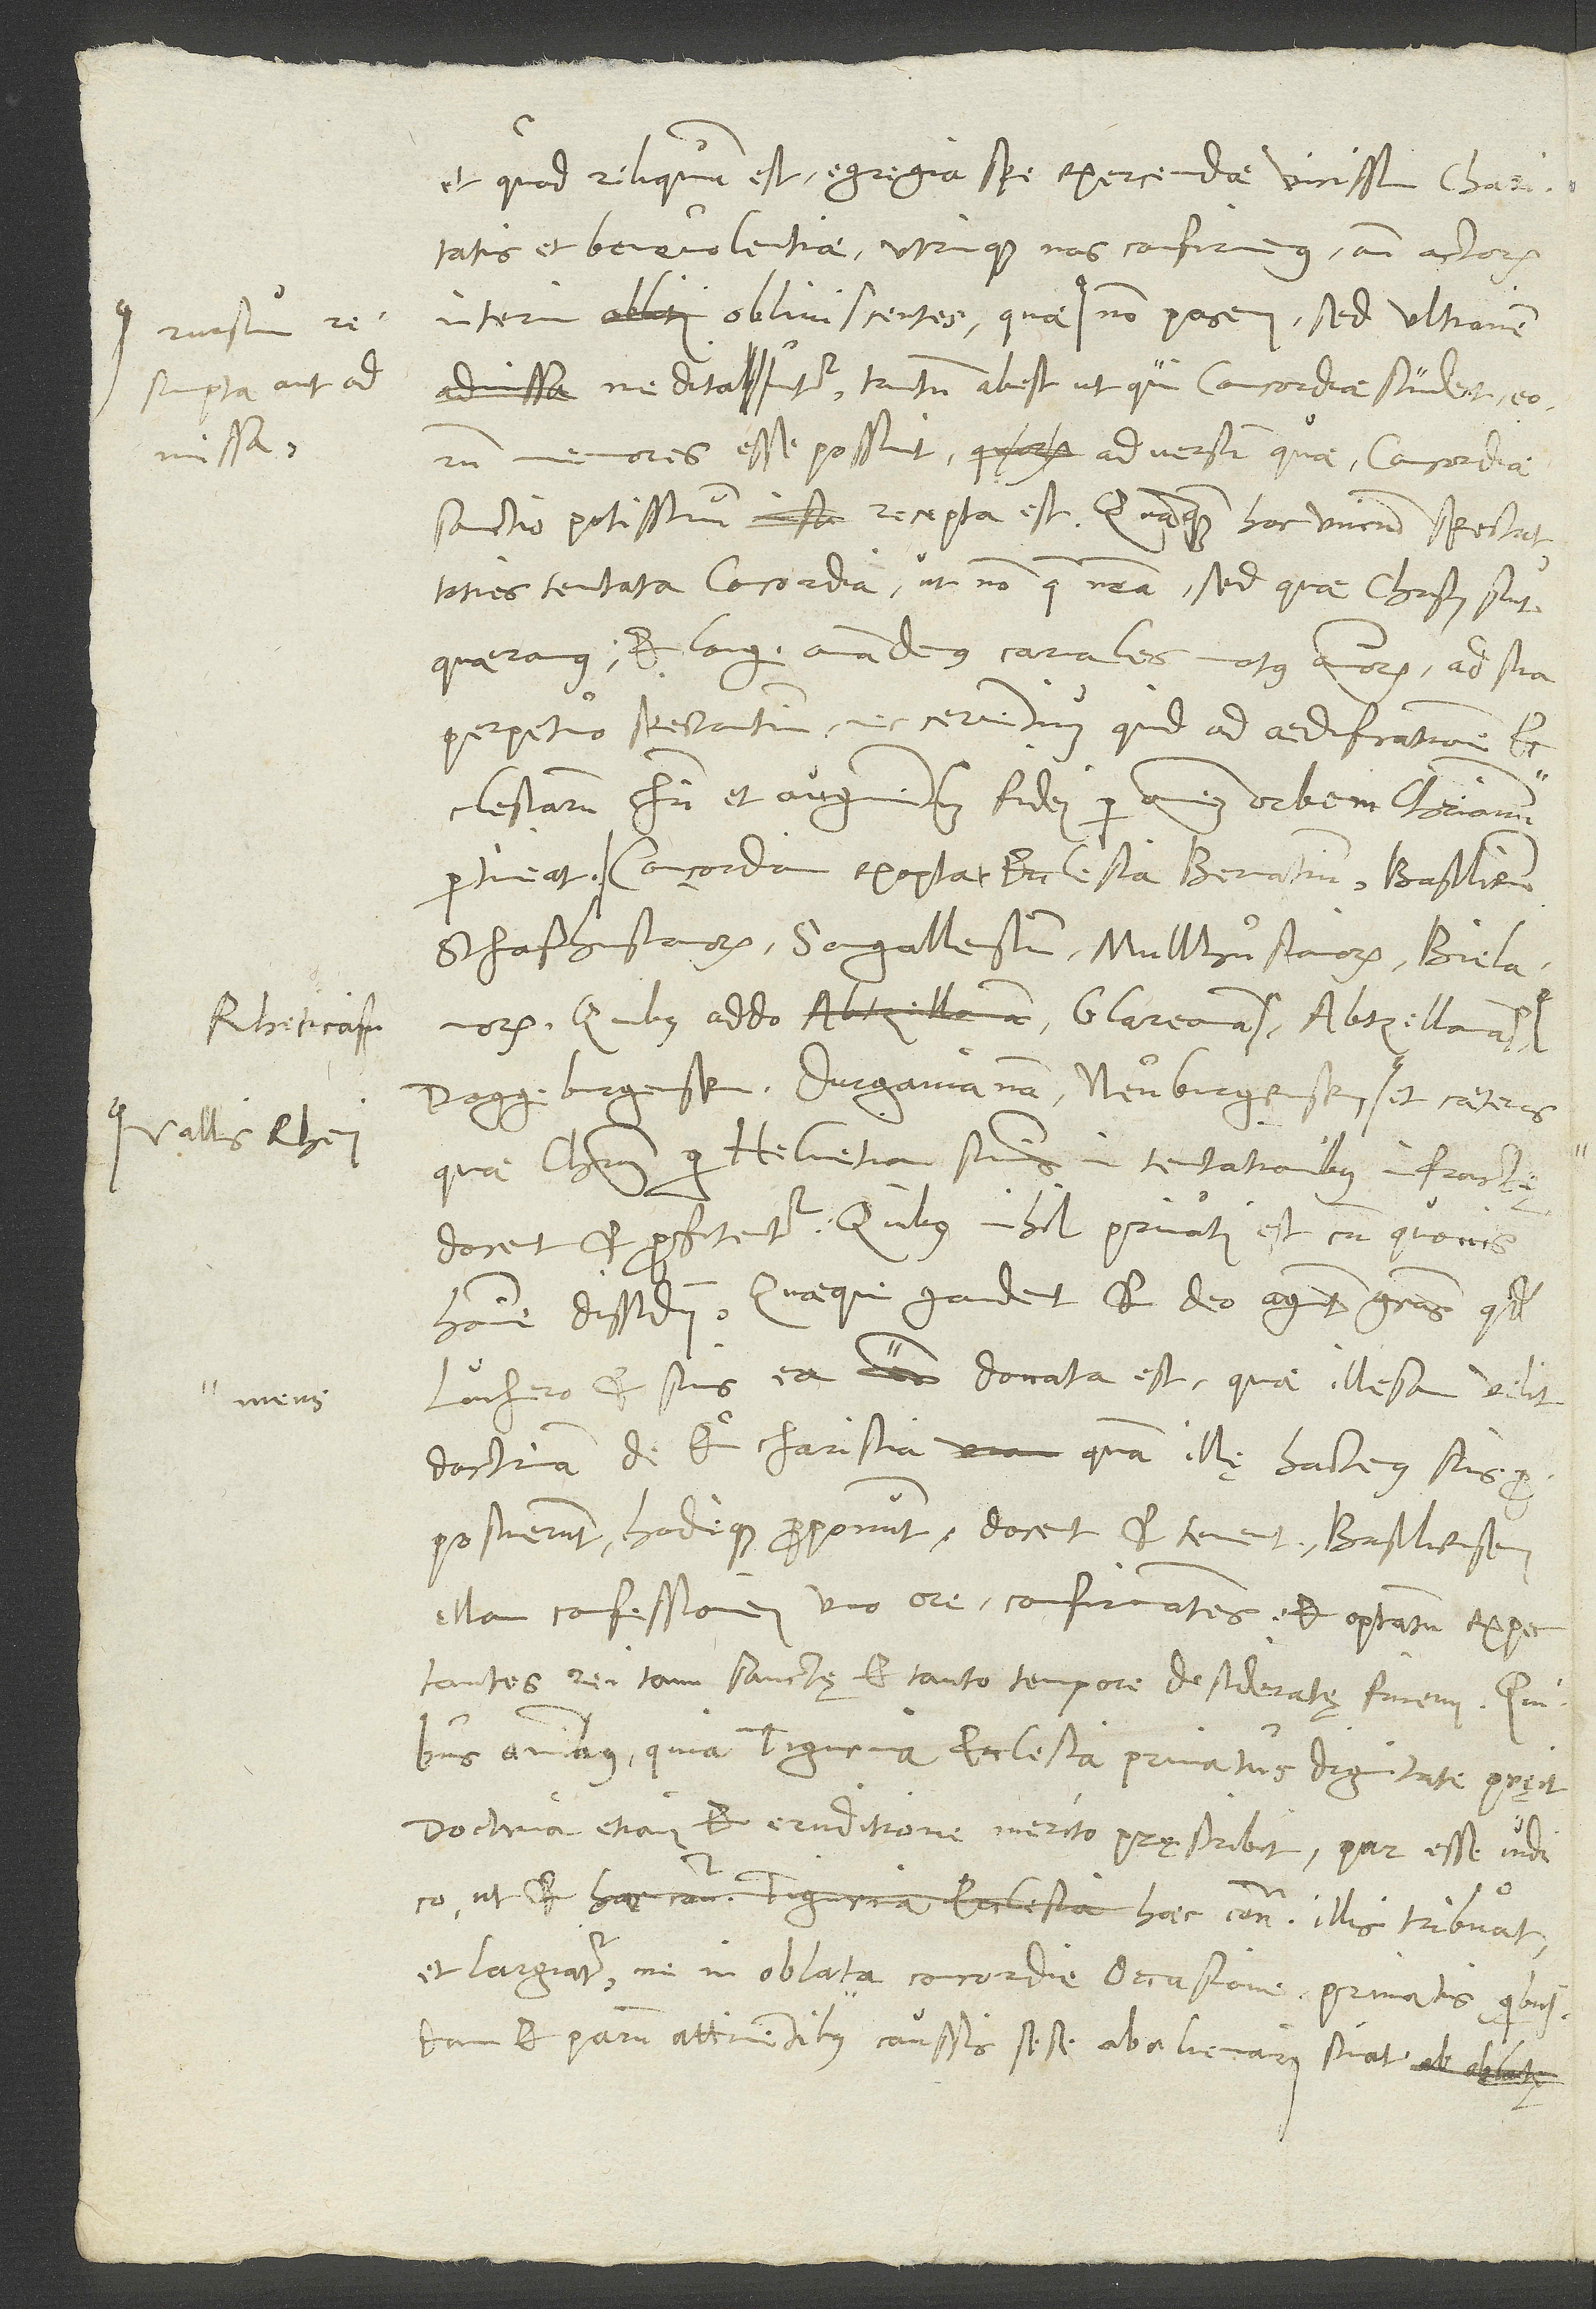
Rheticam,

et, quod reliquum est, egregia spe exercendae vicissim charitatis
et benevolentiae utrinque nos confirmemus ante actorum
meditantur. Tantum abest, ut, qui concordiae student, eorum
memores esse possint, adversum quae concordiae
sanctio potissimum recepta est, quanquam hoc unicum spectat
toties tentata concordia, ut non quae nostra, sed quae Christi sunt
quaeramus et longe amandemus carnales motus animorum ad sua
perpetuo spectantium nec cernentium, quid ad aedificationem
ecclesiarum Christi et augmentum fidei per omnem orbem christianum
Concordiam exoptat ecclesia Bernatium, Basiliensium,
Schafhusianorum, Sangallensium, Mullhusianorum, Bielanorum,
quibus addo Glareanam, Abtzellanam,
quae Christum per Helvetiam summis in tentationibus infractę
docent et profitentur, quibus nihil privati est cum quovis
homine dissidii quaeque gaudent et deo agunt gratias, quod
Luthero et suis ea mens donata est, quae illesam velit
doctrinam de eucharistia, quam illę hactenus suis
proposuerunt hodieque proponunt, docent et tenent Basiliensem
illam confessionem uno ore confirmantes et optatum expectantes
rei tam sanctę et tanto tempore desideratę finem. Quibus
omnibus quia Tigurina ecclesia primatus dignitate pręit,
doctrina etiam et eruditione merito pręscribit, par esse iudico,
S.
ut et haec contra illis tribuat
et largiatur, ne in oblata concordie occasione privatis quibusdam
et parum attinentibus caussis sese abalienari sinat